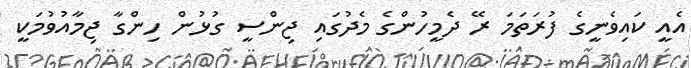
އެއީ ކައިވެނީގެ ފުރަތަމަ ރޭ ދެމީހުންގެ މެދުގައި ޖިންސީ ގުޅުން ހިންގާ ޖިމާއުވުމަކީ